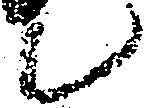
候